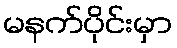
မနက်ပိုင်းမှာ